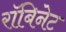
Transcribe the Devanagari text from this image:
रॉबिनेट